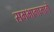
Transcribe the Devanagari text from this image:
समभागामागे